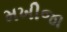
મખીજા